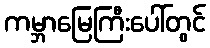
ကမ္ဘာမြေကြီးပေါ်တွင်